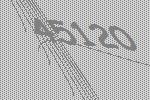
45120